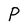
Character: P